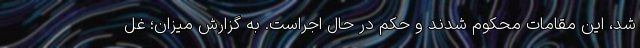
شد، این مقامات محکوم شدند و حکم در حال اجراست. به گزارش میزان؛ غل